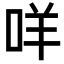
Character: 咩